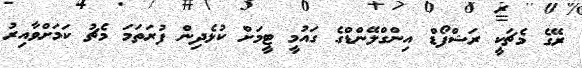
ރޭގެ މެޗަކީ ރަޝްފޯޑް އިންގްލޭންޑްގެ ގައުމީ ޓީމަށް ކުޅެދިން ފުރަތަމަ މެޗު ކަމަށްވާއިރު